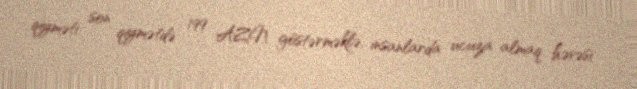
qiyməti son qiymətdə 199 AZN göstərməklə, insanlarda ucuza almaq həvəsi